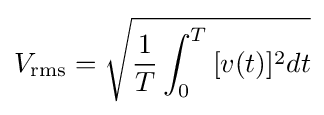
V_{\text{rms}}={\sqrt {{\frac {1}{T}}\int _{0}^{T}{[v(t)]^{2}dt}}}